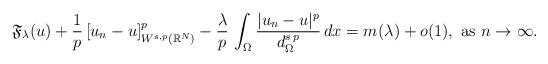
LaTeX: \begin{align*}\mathfrak{F}_{\lambda}(u)+\frac{1}{p}\,[u_n-u]^p_{W^{s,p}(\mathbb{R}^N)}-\frac{\lambda}{p}\,\int_\Omega \frac{|u_n-u|^p}{d_\Omega^{s\,p}}\,dx=m(\lambda)+o(1),\mbox{ as }n\to \infty.\end{align*}